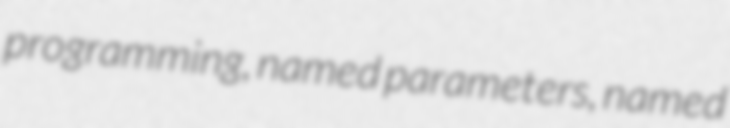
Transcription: programming, named parameters, named